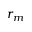
r _ { m }